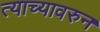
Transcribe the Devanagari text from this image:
त्याच्यावरुन